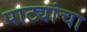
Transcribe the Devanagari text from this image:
पाट्यांचा